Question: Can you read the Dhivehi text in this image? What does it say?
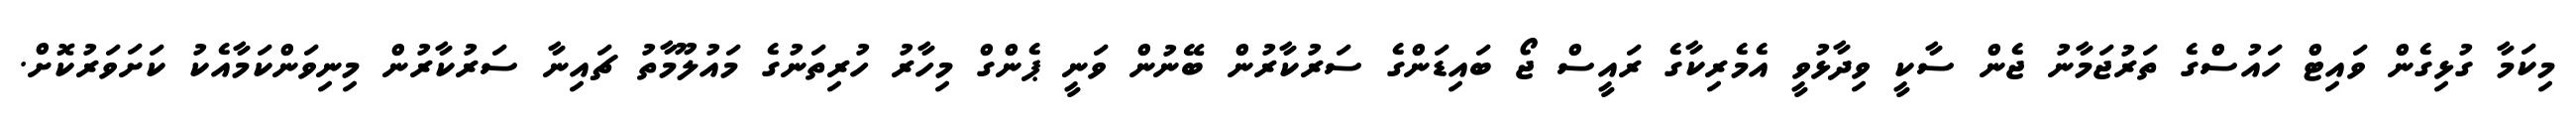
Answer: މިކަމާ ގުޅިގެން ވައިޓް ހައުސްގެ ތަރުޖަމާނު ޖެން ސާކީ ވިދާޅުވީ އެމެރިކާގެ ރައީސް ޖޯ ބައިޑަންގެ ސަރުކާރުން ބޭނުން ވަނީ ޕެންގް މިހާރު ހުރިތަނުގެ މައުލޫމާތު ޗައިނާ ސަރުކާރުން މިނިވަންކަމާއެކު ކަށަވަރުކޮށް.